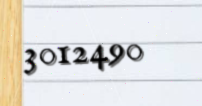
3012490